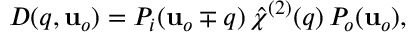
D ( \v q , \mathbf { u } _ { o } ) = P _ { i } ( \mathbf { u } _ { o } \mp \v q ) \, \hat { \chi } ^ { ( 2 ) } ( \v q ) \, P _ { o } ( \mathbf { u } _ { o } ) ,